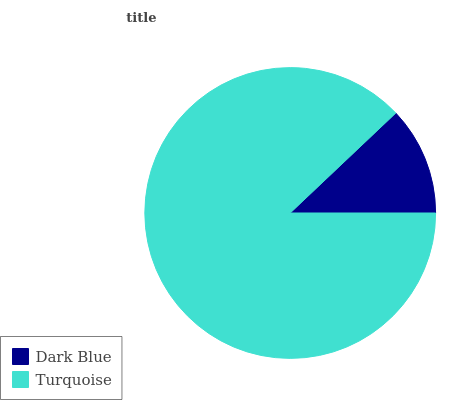
| Dark Blue | Turquoise |
 | --- | --- |
 | 12.1% | 87.9% |